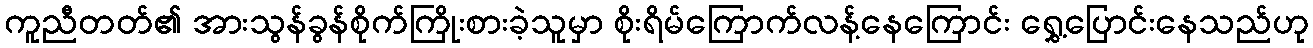
ကူညီတတ်၏ အားသွန်ခွန်စိုက်ကြိုးစားခဲ့သူမှာ စိုးရိမ်ကြောက်လန့်နေကြောင်း ရွှေ့ပြောင်းနေသည်ဟု